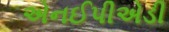
એનઈપીએડી